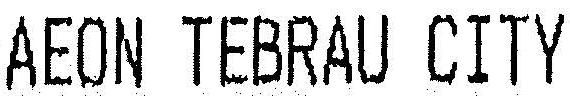
AEON TEBRAU CITY